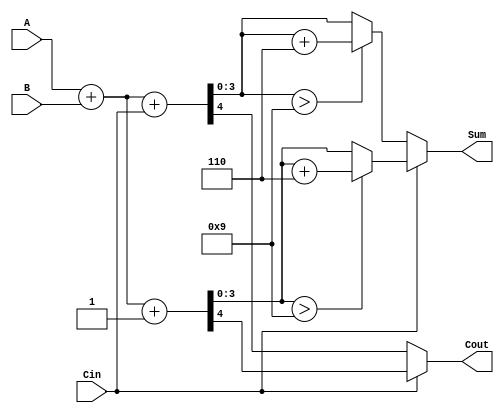
module BCD_MCSA (
    input [3:0] A,      // 4-bit BCD input A
    input [3:0] B,      // 4-bit BCD input B
    input Cin,          // Carry-in
    output reg [3:0] Sum, // 4-bit BCD output Sum
    output reg Cout      // Carry-out
);

    // Intermediate signals
    wire [4:0] sum0, sum1; // 5-bit to accommodate carry
    wire C0, C1;           // Carry outputs for carry select
    wire [3:0] corrected_sum0, corrected_sum1; // Corrected sums

    // Initial binary addition for carry-in = 0
    assign sum0 = A + B + Cin; // Binary addition
    assign C0 = sum0[4];       // Carry out for sum0

    // Initial binary addition for carry-in = 1
    assign sum1 = A + B + 1'b1; // Binary addition
    assign C1 = sum1[4];        // Carry out for sum1

    // BCD Correction Logic
    assign corrected_sum0 = (sum0[3:0] > 9) ? (sum0[3:0] + 4'b0110) : sum0[3:0];
    assign corrected_sum1 = (sum1[3:0] > 9) ? (sum1[3:0] + 4'b0110) : sum1[3:0];

    // Carry out after correction
    always @(*) begin
        if (Cin == 1'b0) begin
            Sum = corrected_sum0;
            Cout = C0;
        end else begin
            Sum = corrected_sum1;
            Cout = C1;
        end
    end

endmodule